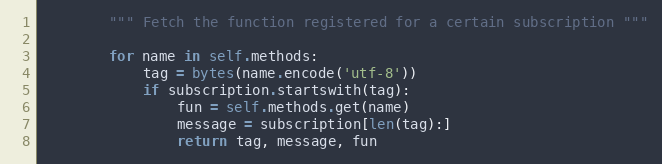
Language: Python
        """ Fetch the function registered for a certain subscription """

        for name in self.methods:
            tag = bytes(name.encode('utf-8'))
            if subscription.startswith(tag):
                fun = self.methods.get(name)
                message = subscription[len(tag):]
                return tag, message, fun